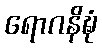
ရောဂနိဍ္ဎံ